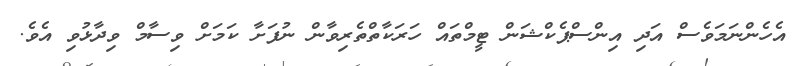
އެހެންނަމަވެސް އަދި އިންސްޕެކްޝަން ޓީމްތައް ހަރަކާތްތެރިވާން ނުފަށާ ކަމަށް ވިސާމް ވިދާޅުވި އެވެ.